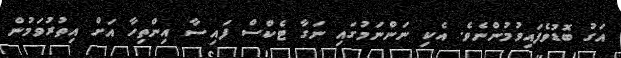
އަގު ބޮޑުވެފައިވުމުންނެވެ. އެކި ނަންނަމުގައި ނަގާ ޓެކްސް ފައިސާ އިންތިހާ އަށް އިތުރުވަމުން